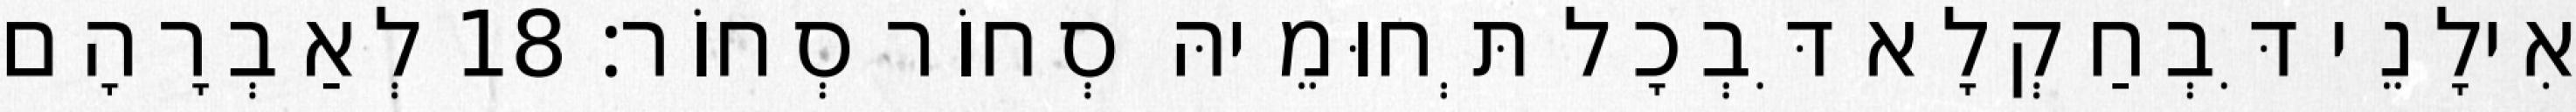
אִילָנֵי דִּבְחַקְלָא דִּבְכָל תְּחוּמֵיהּ סְחוֹר סְחוֹר׃ 18 לְאַבְרָהָם